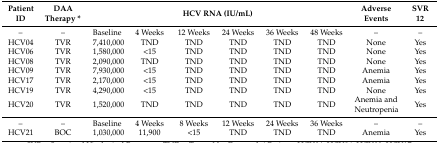
| Patient ID | DAA Therapy * | <COLSPAN=6> HCV RNA (IU/mL) | Adverse Events | SVR 12 |
 | --- | --- | --- | --- | --- | --- | --- | --- | --- | --- |
 | – | – | Baseline | 4 Weeks | 12 Weeks | 24 Weeks | 36 Weeks | 48 Weeks | – | – |
 | HCV04 | TVR | 7,410,000 | TND | TND | TND | TND | TND | None | Yes |
 | HCV06 | TVR | 1,580,000 | <15 | TND | TND | TND | TND | None | Yes |
 | HCV08 | TVR | 2,090,000 | TND | TND | TND | TND | TND | None | Yes |
 | HCV09 | TVR | 7,930,000 | <15 | TND | TND | TND | TND | Anemia | Yes |
 | HCV17 | TVR | 2,170,000 | <15 | TND | TND | TND | TND | Anemia | Yes |
 | HCV19 | TVR | 4,290,000 | <15 | TND | TND | TND | TND | None | Yes |
 | HCV20 | TVR | 1,520,000 | TND | TND | TND | TND | TND | Anemia and Neutropenia | Yes |
 | – | – | Baseline | 4 Weeks | 8 Weeks | 12 Weeks | 24 Weeks | 36 Weeks | – | – |
 | HCV21 | BOC | 1,030,000 | 11,900 | <15 | TND | TND | TND | Anemia | Yes |